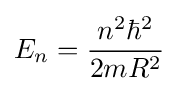
E_{n}={\frac {n^{2}\hbar ^{2}}{2mR^{2}}}